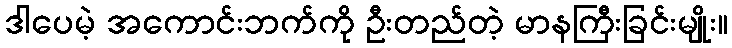
ဒါပေမဲ့ အကောင်းဘက်ကို ဦးတည်တဲ့ မာနကြီးခြင်းမျိုး။